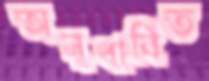
অনুধাবিত